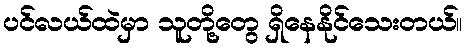
ပင်လယ်ထဲမှာ သူတို့တွေ ရှိနေနိုင်သေးတယ်။